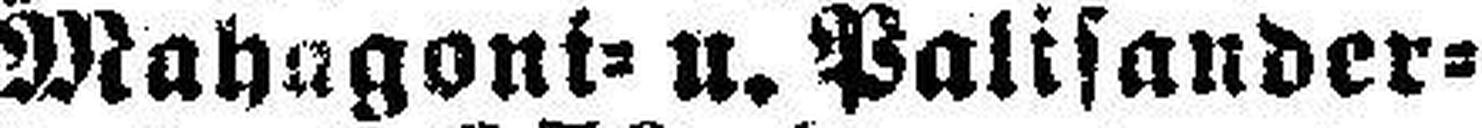
Mahagoni= u. Palisander¬